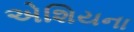
એશિયના